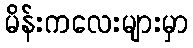
မိန်းကလေးများမှာ